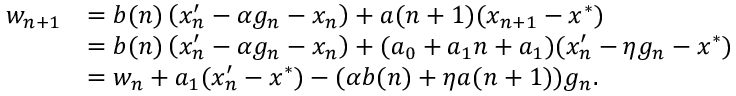
\begin{array} { r l } { w _ { n + 1 } } & { = b ( n ) \left( x _ { n } ^ { \prime } - \alpha g _ { n } - x _ { n } \right) + a ( n + 1 ) ( x _ { n + 1 } - x ^ { * } ) } \\ & { = b ( n ) \left( x _ { n } ^ { \prime } - \alpha g _ { n } - x _ { n } \right) + ( a _ { 0 } + a _ { 1 } n + a _ { 1 } ) ( x _ { n } ^ { \prime } - \eta g _ { n } - x ^ { * } ) } \\ & { = w _ { n } + a _ { 1 } ( x _ { n } ^ { \prime } - x ^ { * } ) - ( \alpha b ( n ) + \eta a ( n + 1 ) ) g _ { n } . } \end{array}